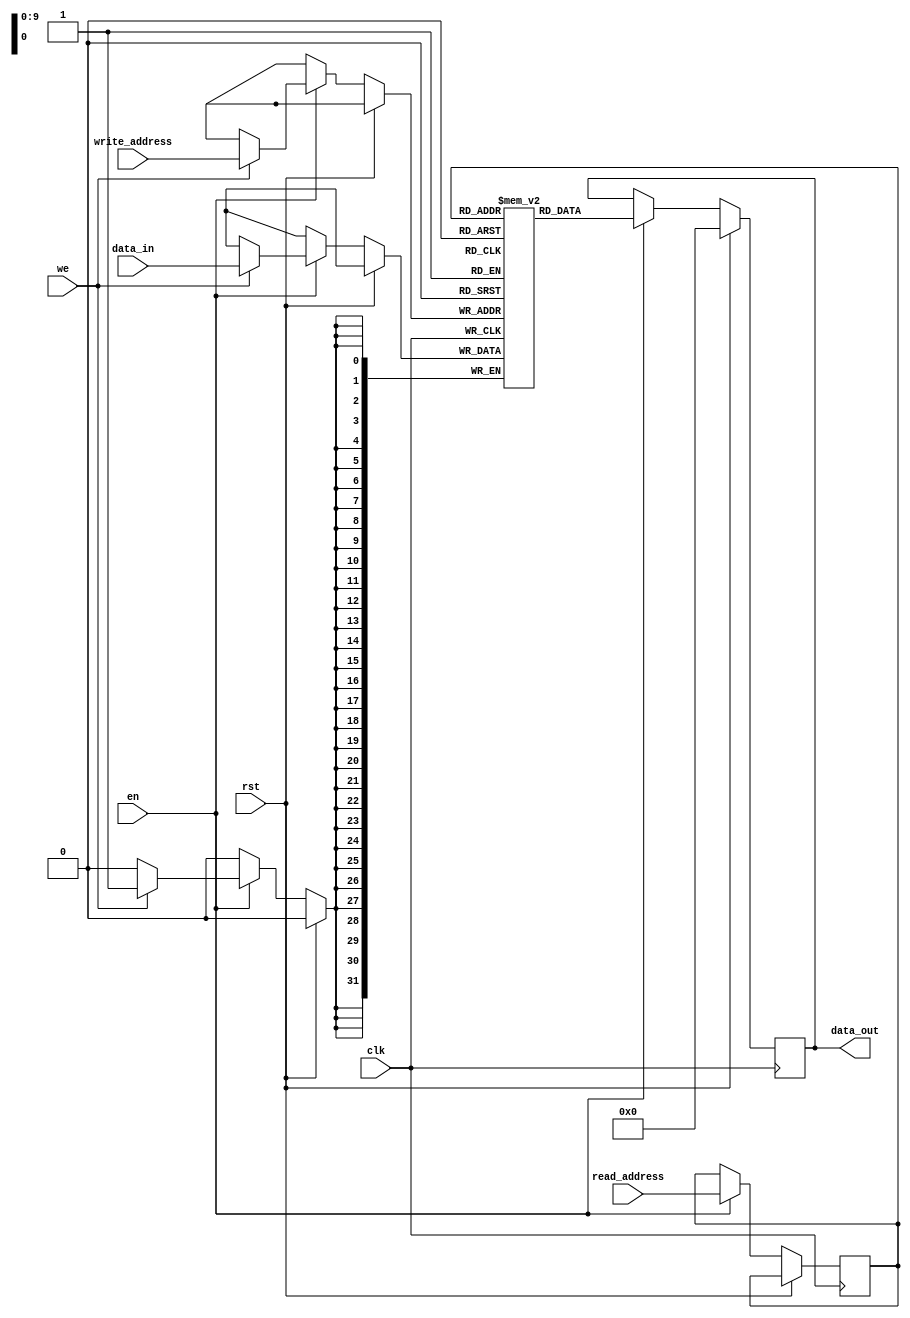
//bram.v
/*
Distributed under the MIT license.
Copyright (c) 2011 Dave McCoy (dave.mccoy@cospandesign.com)

Permission is hereby granted, free of charge, to any person obtaining a copy of
this software and associated documentation files (the "Software"), to deal in
the Software without restriction, including without limitation the rights to
use, copy, modify, merge, publish, distribute, sublicense, and/or sell copies
of the Software, and to permit persons to whom the Software is furnished to do
so, subject to the following conditions:

The above copyright notice and this permission notice shall be included in all
copies or substantial portions of the Software.

THE SOFTWARE IS PROVIDED "AS IS", WITHOUT WARRANTY OF ANY KIND, EXPRESS OR
IMPLIED, INCLUDING BUT NOT LIMITED TO THE WARRANTIES OF MERCHANTABILITY,
FITNESS FOR A PARTICULAR PURPOSE AND NONINFRINGEMENT. IN NO EVENT SHALL THE
AUTHORS OR COPYRIGHT HOLDERS BE LIABLE FOR ANY CLAIM, DAMAGES OR OTHER
LIABILITY, WHETHER IN AN ACTION OF CONTRACT, TORT OR OTHERWISE, ARISING FROM,
OUT OF OR IN CONNECTION WITH THE SOFTWARE OR THE USE OR OTHER DEALINGS IN THE
SOFTWARE.
*/

/*
 * This BRAM code was inspired by this website:
 * http://www.dilloneng.com/documents/howto/ram_inference
 *
 */

`timescale 1ps / 1ps

module bram #(
parameter DATA_WIDTH        = 32,
parameter ADDR_WIDTH        = 10,
parameter MEM_FILE          = "NOTHING",
parameter MEM_FILE_LENGTH   = -1

)(
input                             clk,
input                             rst,

input                             en,
input                             we,
input       [(ADDR_WIDTH - 1):0]  write_address,
input       [(ADDR_WIDTH - 1):0]  read_address,
input       [(DATA_WIDTH - 1):0]  data_in,
output reg  [(DATA_WIDTH - 1):0]  data_out
);


//synthesis attribute ram_style of mem is block
reg [(DATA_WIDTH - 1):0] mem [0:((1 << ADDR_WIDTH) - 1)]; //pragma attribute mem ram_block TRUE
reg [(ADDR_WIDTH - 1):0] read_address_reg;

initial begin
  if (MEM_FILE != "NOTHING") begin
    $display("Loading file...");
    $readmemh(MEM_FILE, mem, 0, MEM_FILE_LENGTH - 1);
  end
end

always @ (posedge clk) begin
	if (rst) begin
		data_out <= 0;
	end
	else begin
		if (en) begin
			read_address_reg <= read_address;

			if (we) begin
				mem[write_address] <= data_in;
			end
			data_out <= mem[read_address_reg];
		end
	end
end

endmodule